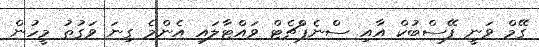
ގޭމް ވަނީ ފޭސްބުކް އާއި ސްނެޕްޗެޓް ވައްޓާލައި އެންމެ ގިނަ ވަގުތު މީހުން